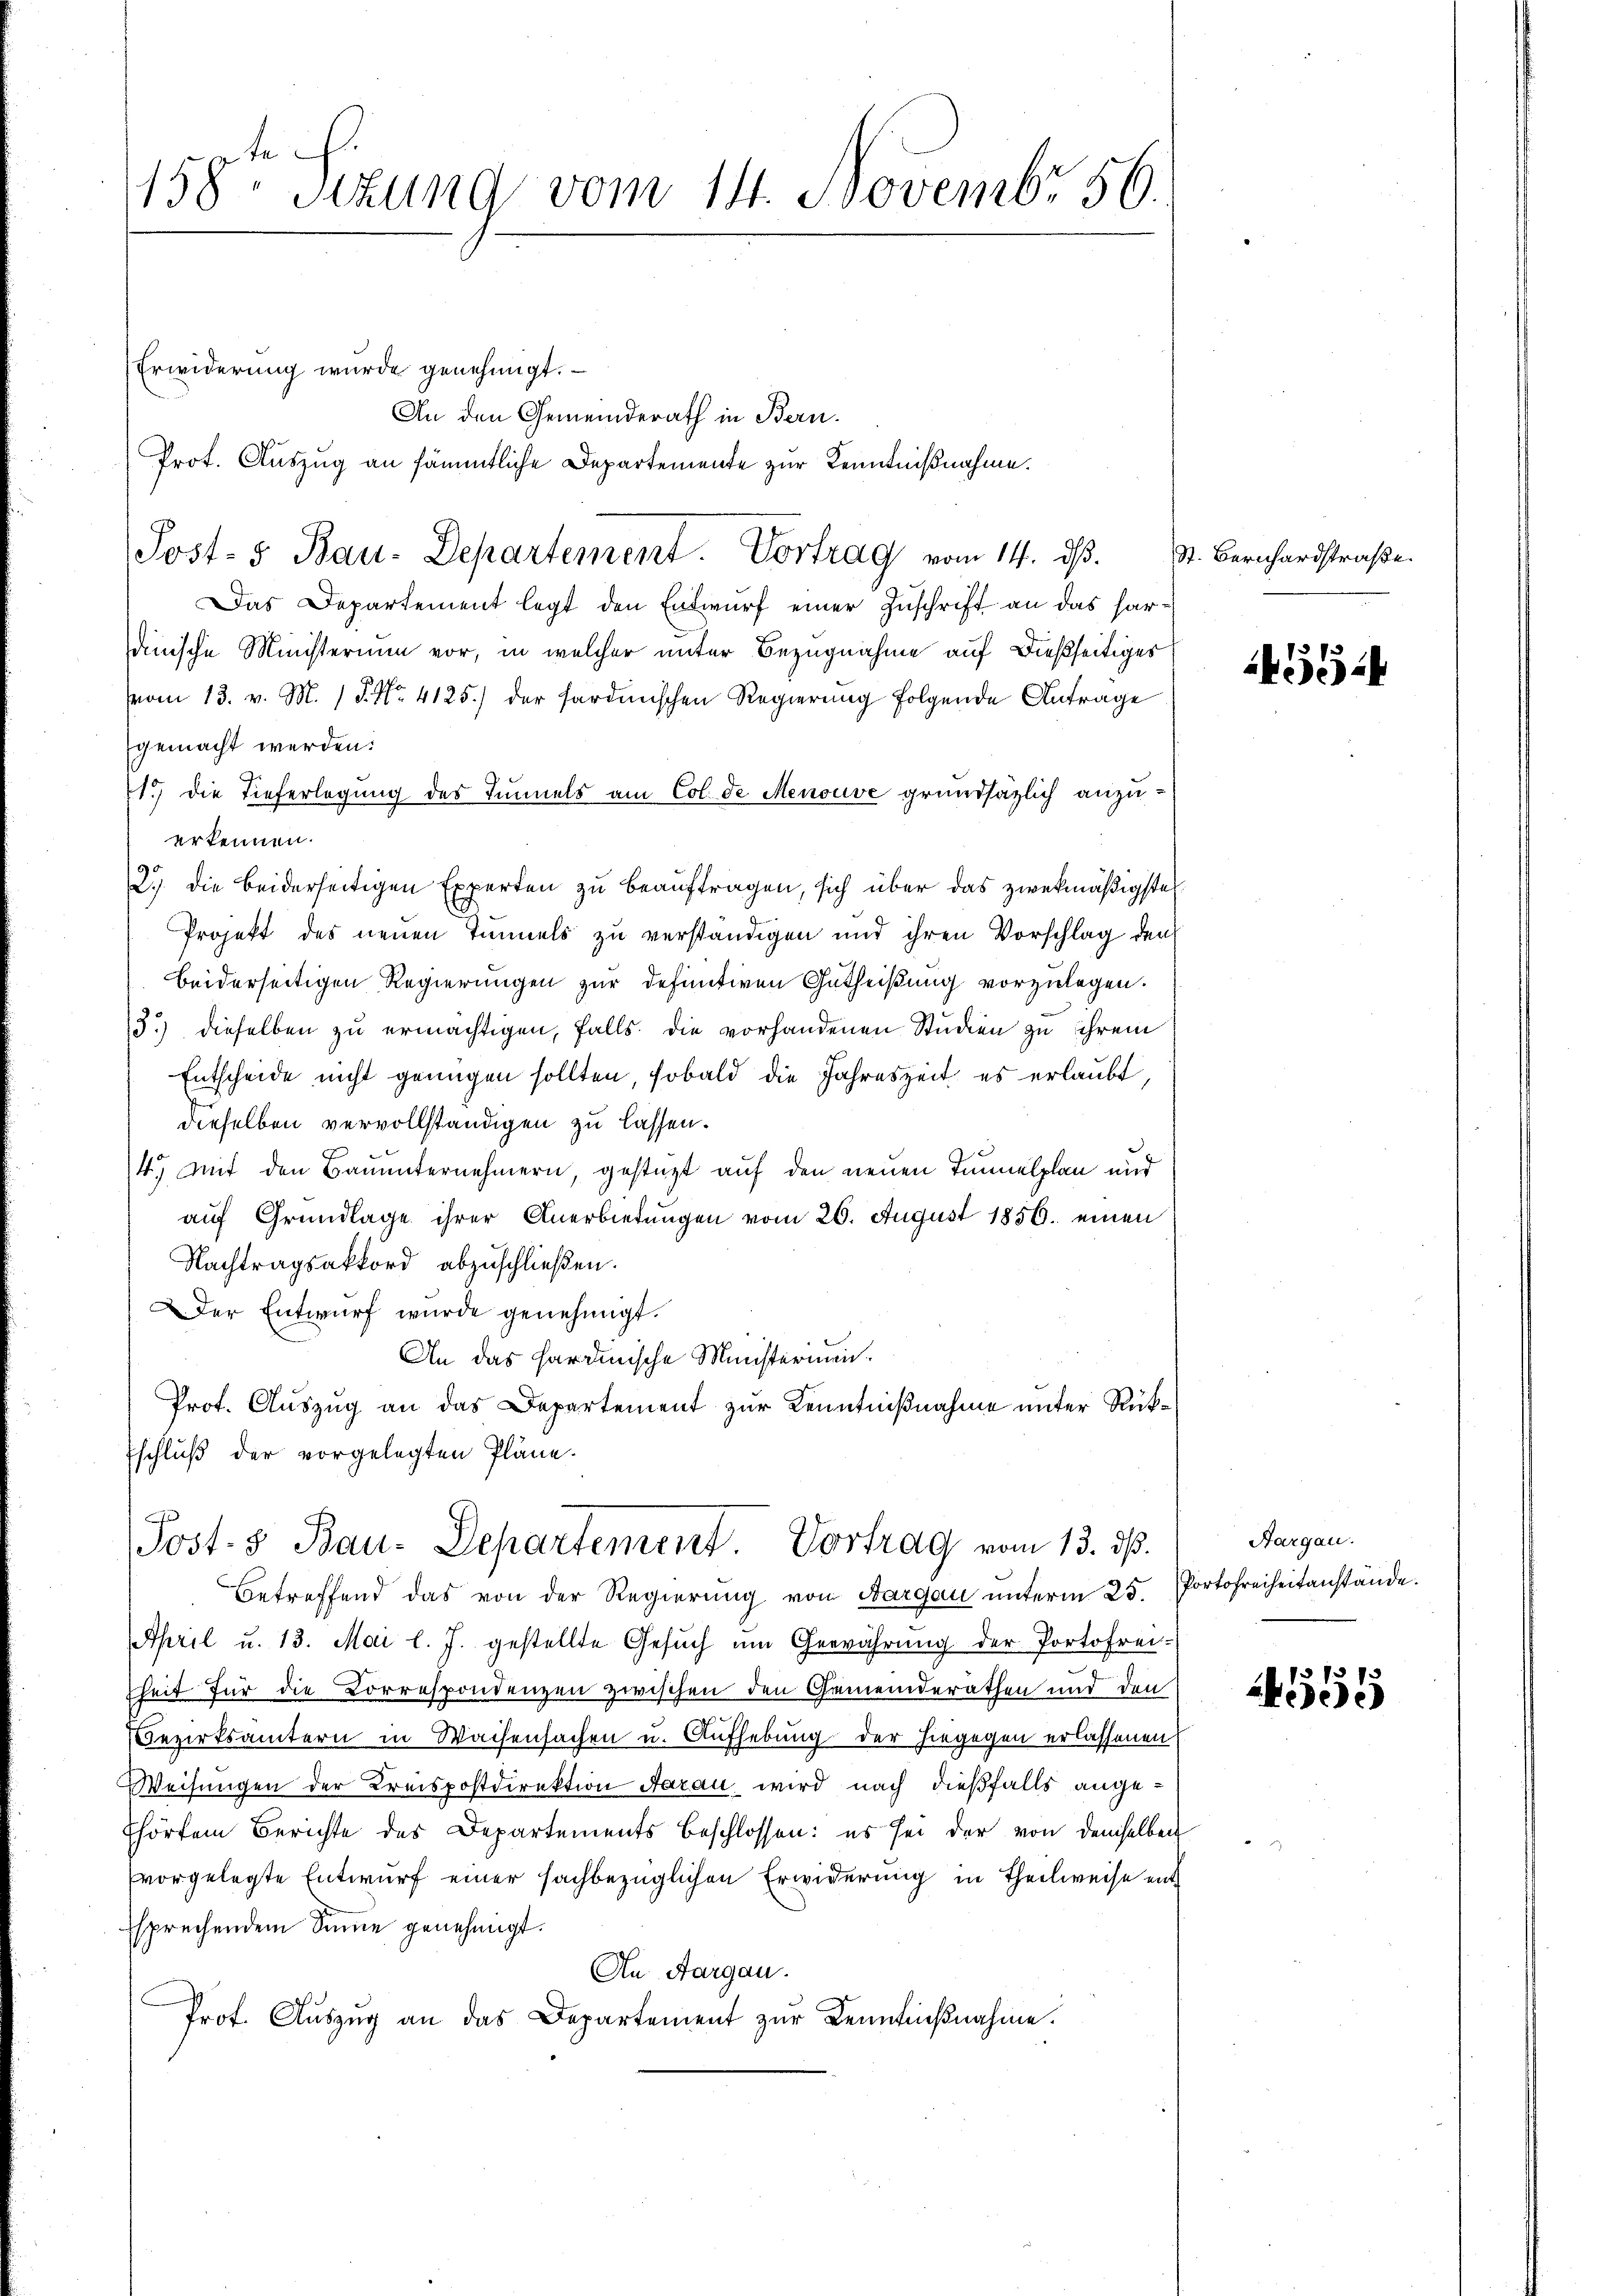
158te Sitzung vom 14. Novembr 56.

Erwiderung wurde genehmigt.
An den Gemeinderath in Bern.
Das Departement legt den Entwurf einer Zuschrift an das hardinische Ministerium vor, in welcher unter Bezugnahme auf dießseitiges
vom 13. v. M. P. Nr. 4125.) der sardinischen Regierung folgende Antrage
gemacht werden:
1.) Die Tieferlegung des Tunnels am Col de Menouve grundsätzlich anzuerkennen.
2.) die beiderseitigen Experten zu beauftragen, sich über das zwekmäßigste
Projekt des neuen Tonnels zu verständigen und ihren Vorschlag den
beiderseitigen Regierungen zur definitiven Gutheißung vorzulegen.
3.) dieselben zu ermächtigen, falls die vorhandenen Studien zu ihrem
Entscheide nicht genügen sollten, sobald die Jahreszeit es erlaubt
dieselben vervollständigen zu lassen.
4.) Mit den Bauunternehmern, gestüzt auf den neuen Tunnelplan und
auf Grundlage ihrer Anerbietungen vom 26. August 1856. einen
Nachtragsaktord abzuschließen.
Der Entwurf wurde genehmigt.
An das hardinische Ministermen.
Prot. Auszug an das Departement zur Kenntnißnahme unter Rück¬
Eschluß der vorgelegten Pläne.
Post. 3 Bau-Departement. Vortrag vom 13. ds.
betreffend das von der Regierung von Bargau unterm 25.
April u. 13. Mai l. J. gestellte Gesŭch ŭm Gewährŭng der Portofrei-
heit für die Correspondenzen zwischen den Gemeinderathen und den
Bezirksämtern in Waisensachen u. Aufhebung der hiegegen erlassenen
Weisungen der Kreispostdirektion Aarau wird nach dießfalls ange¬
Ehörtem Berichte des Departements beschlossen: es sei der von demselben
vorgelegte Entwurf einer sachbezüglichen Erwiderung in Theilweise ent
sprechendem Sinne genehmigt.
An Aargau.
Prof. Auszug an das Departement zur Kenntnißnahme.

Prot. Auszug an sämmtliche Departemente zur Kenntnißnahme.
Post- & Bau-Departement. Vortrag vom 14. ds.

St. Bernhardstraße.

4354

Aargau.
Portofreiheitanstände.

4555